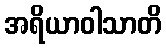
အရိယာဝါသာတိ